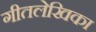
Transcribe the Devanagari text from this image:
गीतलेखिका